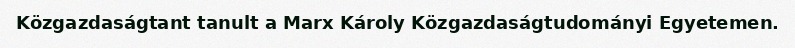
Közgazdaságtant tanult a Marx Károly Közgazdaságtudományi Egyetemen.